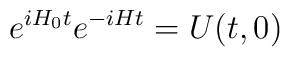
e^{i H_0 t} e^{-i H t} = U(t,0)